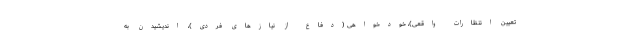
تعیین انتظارات واقعی)، خودخواهی (دفاع از نیازهای فردی)، اندیشیدن به